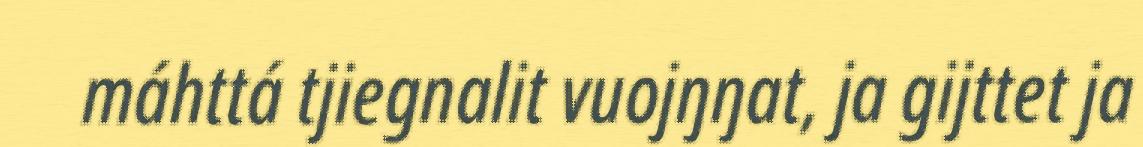
máhttá tjiegnalit vuojŋŋat, ja gijttet ja